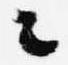
々